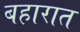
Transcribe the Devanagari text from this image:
बहारात